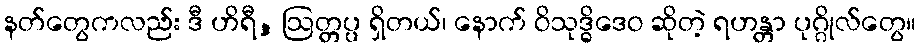
နတ်တွေကလည်း ဒီ ဟိရီ, ဩတ္တပ္ပ ရှိတယ်၊ နောက် ဝိသုဒ္ဓိဒေဝ ဆိုတဲ့ ရဟန္တာ ပုဂ္ဂိုလ်တွေ။